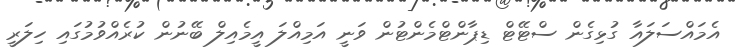
އެމައްސަލައާ ގުޅިގެން ސްޓޭޓް ޑިޕާންޓްމެންޓުން ވަނީ އަމިއްލަ އީމެއިލް ބޭނުން ކުރެއްވުމުގައި ހިލަރީ